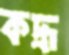
কদ্রূ